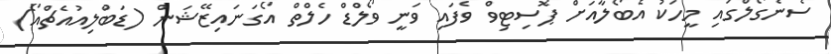
ސެނެގޯލްގައި މީހަކު އެބޯލާއަށް ޕޮސިޓިވް ވެފައި ވަނީ ވޯލްޑް ހެލްތް އޯގަނައިޒޭޝަން (ޑަބްލިއުއެޗްއޯ)